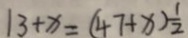
1 3 + x = ( 4 7 + x ) \frac { 1 } { 2 }